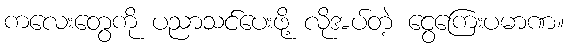
ကလေးတွေကို ပညာသင်ပေးဖို့ လိုအပ်တဲ့ ငွေကြေးပမာဏ။